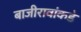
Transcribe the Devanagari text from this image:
बाजीरावांकडे